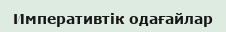
Императивтік одағайлар